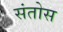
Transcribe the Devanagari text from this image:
संतोस